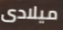
ميلادى